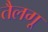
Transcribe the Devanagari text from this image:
तैलगू